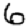
Digit: 6